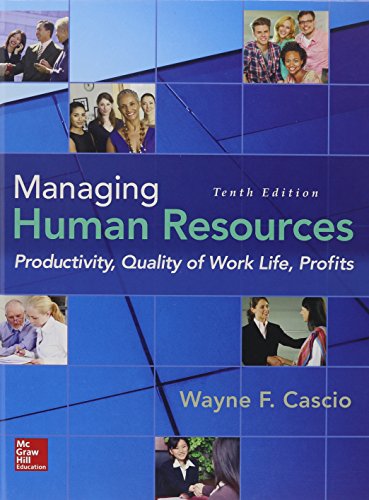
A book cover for Managing Human Resources: Productivity, Quality of Work Life, Profits; Wayne Cascio; Business & Money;